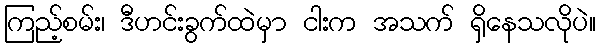
ကြည့်စမ်း၊ ဒီဟင်းခွက်ထဲမှာ ငါးက အသက် ရှိနေသလိုပဲ။